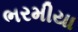
ભરમીયા